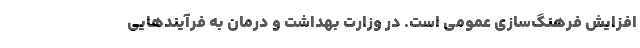
افزایش فرهنگ‌سازی عمومی است. در وزارت بهداشت و درمان به فرآیندهایی